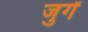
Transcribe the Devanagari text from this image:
जुर्गें